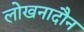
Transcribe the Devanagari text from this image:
लोखनादौन